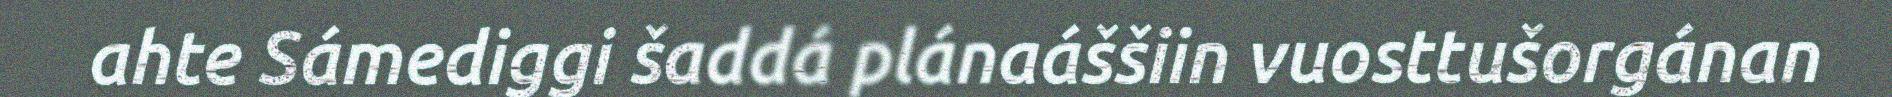
ahte Sámediggi šaddá plánaáššiin vuosttušorgánan